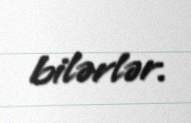
bilərlər.